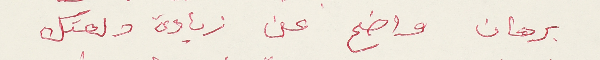
برهان واضح عن زيادة دلعتك